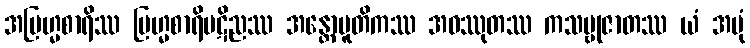
အဗြဟ္မစာရိဿ ဗြဟ္မစာရိပဋိညဿ အန္တောပူတိကဿ အဝဿုတဿ ကသမ္ဗုဇာတဿ ယံ အမုံ